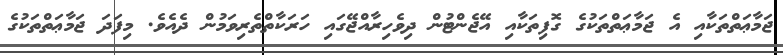
ޖަމާޢަތްތަކާއި އެ ޖަމާޢަތްތަކުގެ ގޮފިތަކާއި އޭޖެންޓުން ދިވެހިރާއްޖޭގައި ހަރަކާތްތެރިވަމުން ދެއެވެ. މިފަދަ ޖަމާޢަތްތަކުގެ